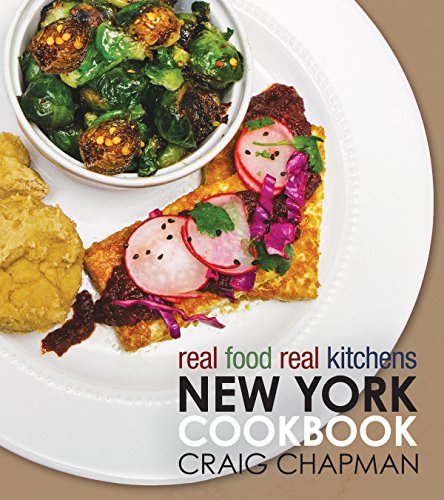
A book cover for Real Food, Real Kitchens: New York Cookbook; Craig Chapman; Cookbooks, Food & Wine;